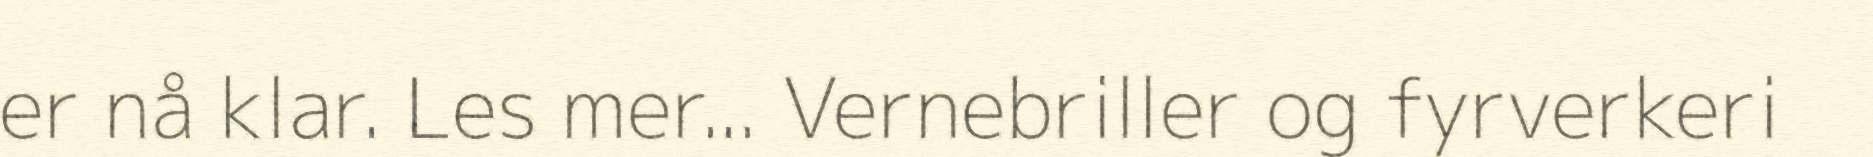
er nå klar. Les mer... Vernebriller og fyrverkeri